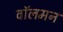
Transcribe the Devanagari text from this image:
वॉलमन